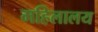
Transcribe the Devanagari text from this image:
महिलालय